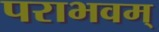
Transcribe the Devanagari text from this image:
पराभवम्‌